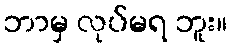
ဘာမှ လုပ်မရ ဘူး။